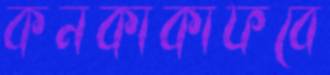
কনকাকাফবে